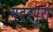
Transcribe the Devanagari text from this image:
मदरपुरा